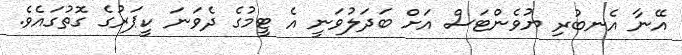
އޭނާ އެނބުރި ޔުވެންޓަސް އަށް ބަދަލުވަނީ އެ ޓީމުގެ ދެވަނަ ކީޕަރުގެ ގޮތުގައެވެ.